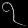
Digit: ၇